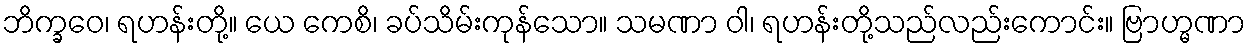
ဘိက္ခဝေ၊ ရဟန်းတို့။ ယေ ကေစိ၊ ခပ်သိမ်းကုန်သော။ သမဏာ ဝါ၊ ရဟန်းတို့သည်လည်းကောင်း။ ဗြာဟ္မဏာ